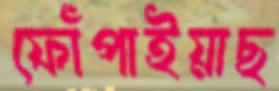
ফোঁপাইয়াছ